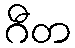
ဂီတ